General report no. 6 on the lunatic asylums, vaccination and dispensaries in the Bengal Presidency, 1873 -
Year: 1873
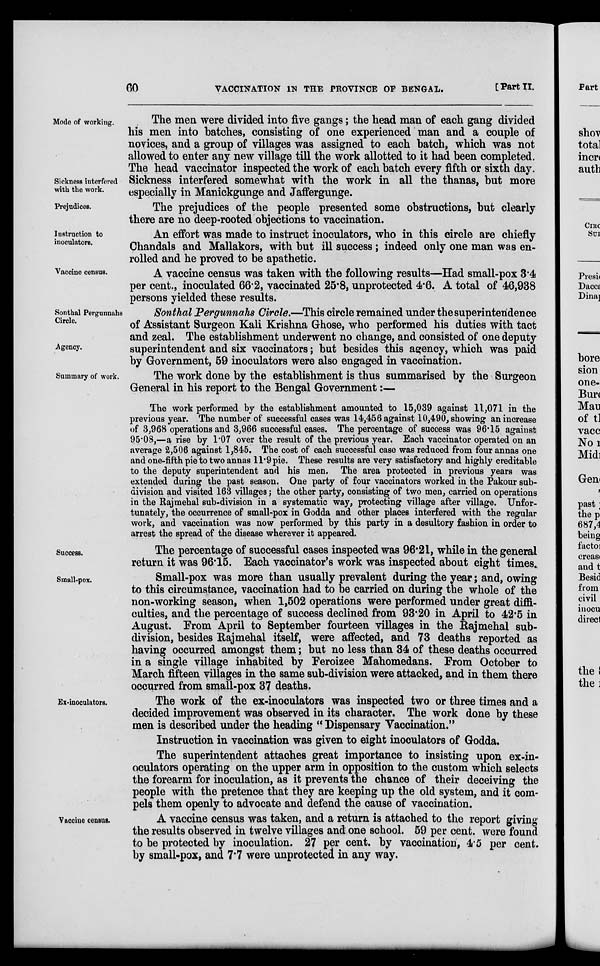
60
VACCINATION IN THE PROVINCE OF BENGAL.
[Part II.
Mode of working.
Sickness interfered
with the work.
The men were divided into five gangs; the head man of each gang divided
his men into batches, consisting of one experienced man and a couple of
novices, and a group of villages was assigned to each batch, which was not
allowed to enter any new village till the work allotted to it had been completed.
The head vaccinator inspected the work of each batch every fifth or sixth day.
Sickness interfered somewhat with the work in all the thanas, but more
especially in Manickgunge and Jaffergunge.
Prejudices.
The prejudices of the people presented some obstructions, but clearly
there are no deep-rooted objections to vaccination.
Instruction to
inoculators.
An effort was made to instruct inoculators, who in this circle are chiefly
Chandals and Mallakors, with but ill success ; indeed only one man was en-
rolled and he proved to be apathetic.
Vaccine census.
A vaccine census was taken with the following results—Had small-pox 3.4
per cent., inoculated 66.2, vaccinated 25.8, unprotected 4.6. A total of 46,938
persons yielded these results.
Sonthal Pergunnahs
Circle.
Agency.
Sonthal Pergunnahs Circle.—This circle remained under the superintendence
of Assistant Surgeon Kali Krishna Ghose, who performed his duties with tact
and zeal. The establishment underwent no change, and consisted of one deputy
superintendent and six vaccinators; but besides this agency, which was paid
by Government, 59 inoculators were also engaged in vaccination.
Summary of work.
The work done by the establishment is thus summarised by the Surgeon
General in his report to the Bengal Government:—
The work performed by the establishment amounted to 15,039 against 11,071 in the
previous year. The number of successful cases was 14,456 against 10,490, showing an increase
of 3,968 operations and 3,966 successful cases. The percentage of success was 96.15 against
95.08,—a rise by 1.07 over the result of the previous year. Each vaccinator operated on an
average 2,506 against 1,845. The cost of each successful case was reduced from four annas one
and one-fifth pie to two annas 11.9 pie. These results are very satisfactory and highly creditable
to the deputy superintendent and his men. The area protected in previous years was
extended during the past season. One party of four vaccinators worked in the Pakour sub-
division and visited 163 villages; the other party, consisting of two men, carried on operations
in the Rajmehal sub-division in a systematic way, protecting village after village. Unfor-
tunately, the occurrence of small-pox in Godda and other places interfered with the regular
work, and vaccination was now performed by this party in a desultory fashion in order to
arrest the spread of the disease wherever it appeared.
Success.
The percentage of successful cases inspected was 96.21, while in the general
return it was 96.15. Each vaccinator's work was inspected about eight times.
Small-pox.
Small-pox was more than usually prevalent during the year; and, owing
to this circumstance, vaccination had to be carried on during the whole of the
non-working season, when 1,502 operations were performed under great diffi-
culties, and the percentage of success declined from 93.20 in April to 42.5 in
August. From April to September fourteen villages in the Rajmehal sub-
division, besides Rajmehal itself, were affected, and 73 deaths reported as
having occurred amongst them; but no less than 34 of these deaths occurred
in a single village inhabited by Feroizee Mahomedans. From October to
March fifteen villages in the same sub-division were attacked, and in them there
occurred from small-pox 37 deaths.
Ex-inoculators.
The work of the ex-inoculators was inspected two or three times and a
decided improvement was observed in its character. The work done by these
men is described under the heading " Dispensary Vaccination."
Instruction in vaccination was given to eight inoculators of Godda.
The superintendent attaches great importance to insisting upon ex-in-
oculators operating on the upper arm in opposition to the custom which selects
the forearm for inoculation, as it prevents the chance of their deceiving the
people with the pretence that they are keeping up the old system, and it com-
pels them openly to advocate and defend the cause of vaccination.
Vaccine census.
A vaccine census was taken, and a return is attached to the report giving
the results observed in twelve villages and one school. 59 per cent. were found
to be protected by inoculation. 27 per cent. by vaccination, 4.5 per cent.
by small-pox, and 7.7 were unprotected in any way.